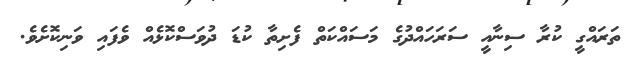
ތަރައްގީ ކުރާ ސިނާއީ ސަރަހައްދުގެ މަސައްކަތް ފެށިތާ ކުޑަ ދުވަސްކޮޅެއް ވެފައި ވަނިކޮށެވެ.